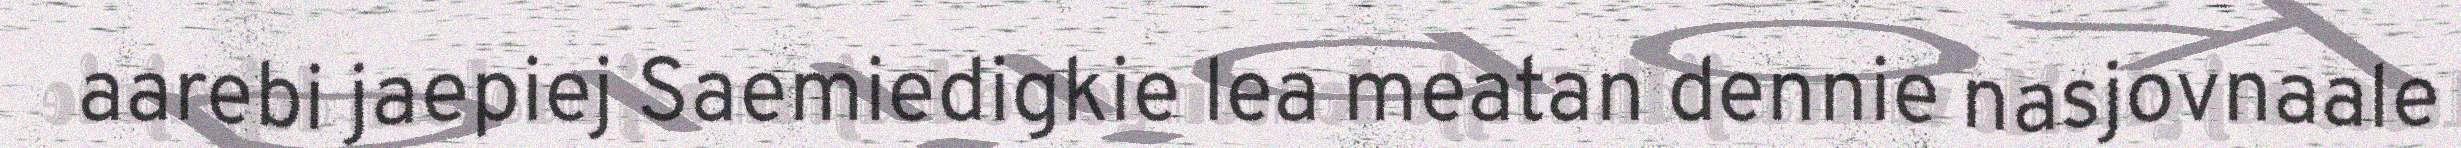
aarebi jaepiej Saemiedigkie lea meatan dennie nasjovnaale